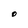
Character: O